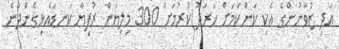
އަދި ޒުވާނުންގެ އެކި ކަންކަމަށް ހަރަދު ކުރުމަށް 300 މިލިޔަން ރުފިޔާ ކަނޑައެޅިގެންދާނެ